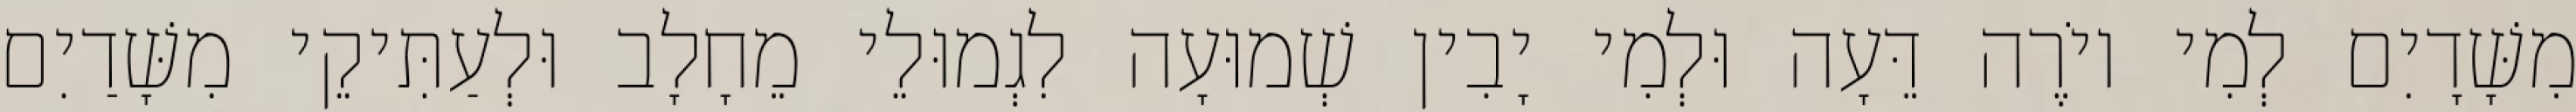
מִשָּׁדָיִם לְמִי יוֹרֶה דֵּעָה וּלְמִי יָבִין שְׁמוּעָה לִגְמוּלֵי מֵחָלָב וּלְעַתִּיקֵי מִשָּׁדַיִם